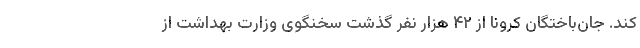
کند. جان‌باختگان کرونا از ۴۲ هزار نفر گذشت سخنگوی وزارت بهداشت از